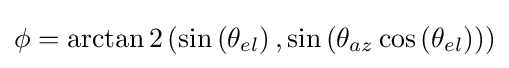
\phi =\arctan 2\left(\sin \left(\theta _{el}\right),\sin \left(\theta _{az}\cos \left(\theta _{el}\right)\right)\right)